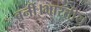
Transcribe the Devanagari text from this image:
बनीं।भारतीय